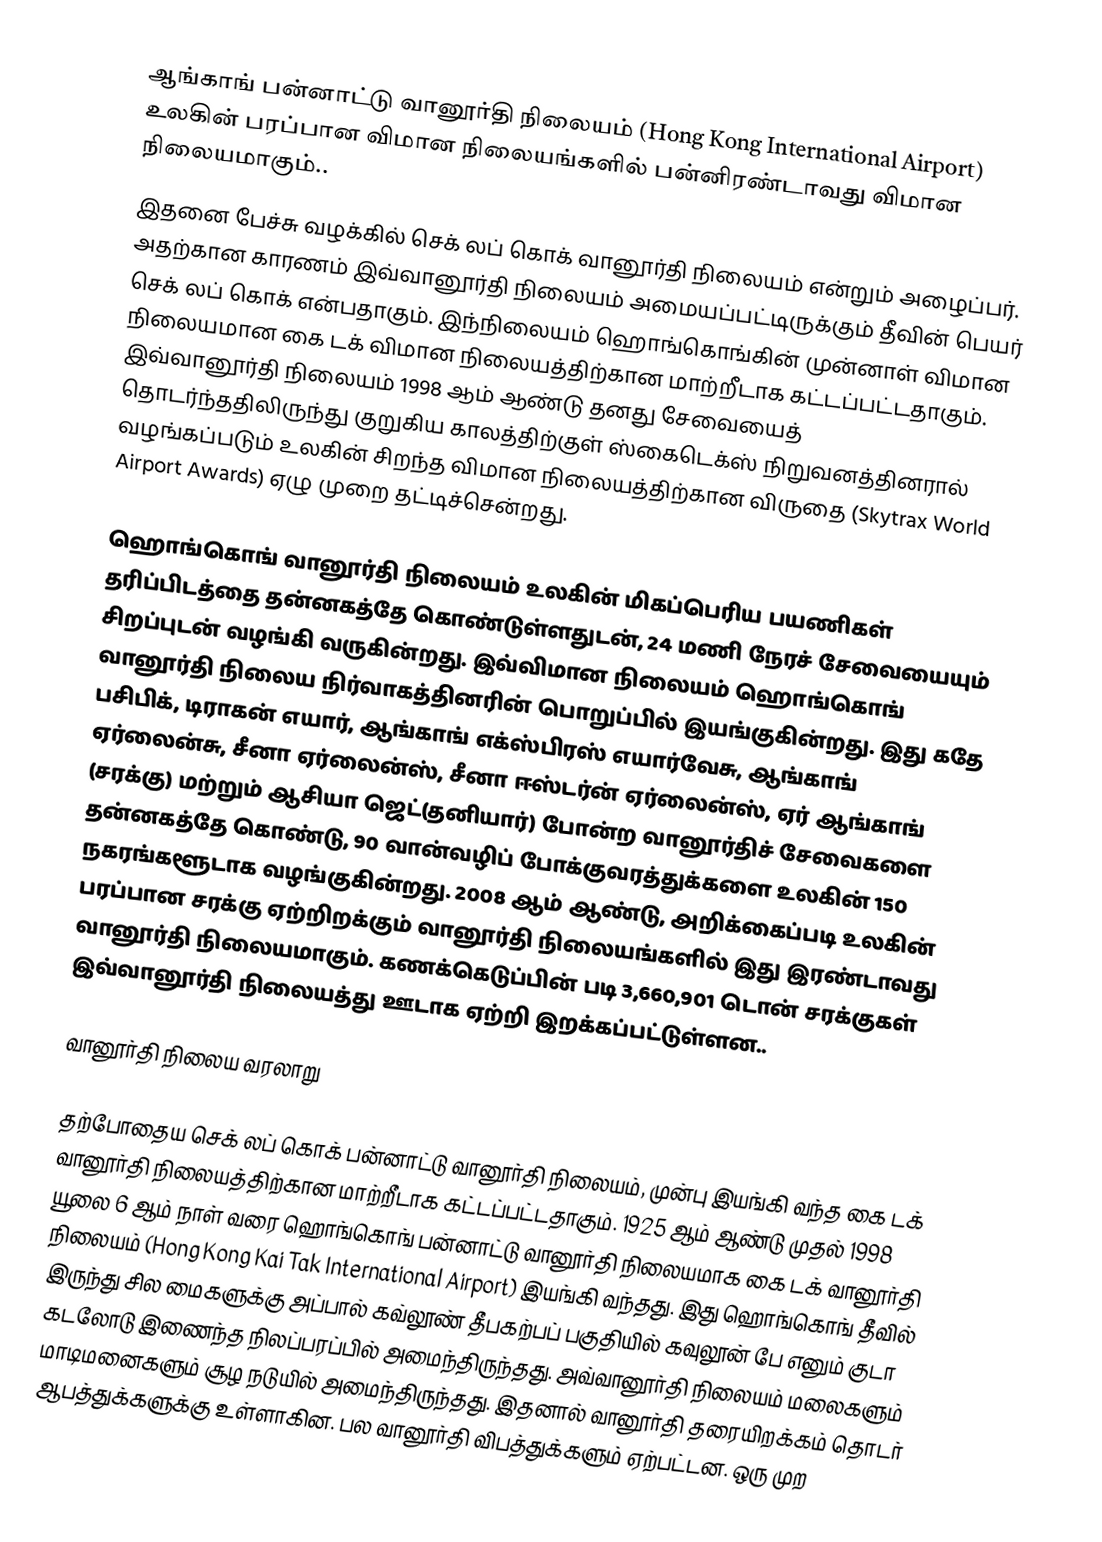
ஆங்காங் பன்னாட்டு வானூர்தி நிலையம் (Hong Kong International Airport) உலகின் பரப்பான விமான நிலையங்களில் பன்னிரண்டாவது விமான நிலையமாகும்..
இதனை பேச்சு வழக்கில் செக் லப் கொக் வானூர்தி நிலையம் என்றும் அழைப்பர். அதற்கான காரணம் இவ்வானூர்தி நிலையம் அமையப்பட்டிருக்கும் தீவின் பெயர் செக் லப் கொக் என்பதாகும். இந்நிலையம் ஹொங்கொங்கின் முன்னாள் விமான நிலையமான கை டக் விமான நிலையத்திற்கான மாற்றீடாக கட்டப்பட்டதாகும். இவ்வானூர்தி நிலையம் 1998 ஆம் ஆண்டு தனது சேவையைத் தொடர்ந்ததிலிருந்து குறுகிய காலத்திற்குள் ஸ்கைடெக்ஸ் நிறுவனத்தினரால் வழங்கப்படும் உலகின் சிறந்த விமான நிலையத்திற்கான விருதை (Skytrax World Airport Awards) ஏழு முறை தட்டிச்சென்றது.

ஹொங்கொங் வானூர்தி நிலையம் உலகின் மிகப்பெரிய பயணிகள் தரிப்பிடத்தை தன்னகத்தே கொண்டுள்ளதுடன், 24 மணி நேரச் சேவையையும் சிறப்புடன் வழங்கி வருகின்றது. இவ்விமான நிலையம் ஹொங்கொங் வானூர்தி நிலைய நிர்வாகத்தினரின் பொறுப்பில் இயங்குகின்றது. இது கதே பசிபிக், டிராகன் எயார், ஆங்காங் எக்ஸ்பிரஸ் எயார்வேசு, ஆங்காங் ஏர்லைன்சு, சீனா ஏர்லைன்ஸ், சீனா ஈஸ்டர்ன் ஏர்லைன்ஸ், ஏர் ஆங்காங் (சரக்கு) மற்றும் ஆசியா ஜெட்(தனியார்) போன்ற வானூர்திச் சேவைகளை தன்னகத்தே கொண்டு, 90 வான்வழிப் போக்குவரத்துக்களை உலகின் 150 நகரங்களூடாக வழங்குகின்றது. 2008 ஆம் ஆண்டு, அறிக்கைப்படி உலகின் பரப்பான சரக்கு ஏற்றிறக்கும் வானூர்தி நிலையங்களில் இது இரண்டாவது வானூர்தி நிலையமாகும். கணக்கெடுப்பின் படி 3,660,901 டொன் சரக்குகள் இவ்வானூர்தி நிலையத்து ஊடாக ஏற்றி இறக்கப்பட்டுள்ளன..

வானூர்தி நிலைய வரலாறு

தற்போதைய செக் லப் கொக் பன்னாட்டு வானூர்தி நிலையம், முன்பு இயங்கி வந்த கை டக் வானூர்தி நிலையத்திற்கான மாற்றீடாக கட்டப்பட்டதாகும். 1925 ஆம் ஆண்டு முதல் 1998 யூலை 6 ஆம் நாள் வரை ஹொங்கொங் பன்னாட்டு வானூர்தி நிலையமாக கை டக் வானூர்தி நிலையம் (Hong Kong Kai Tak International Airport) இயங்கி வந்தது. இது ஹொங்கொங் தீவில் இருந்து சில மைகளுக்கு அப்பால் கவ்லூண் தீபகற்பப் பகுதியில் கவுலூன் பே எனும் குடா கடலோடு இணைந்த நிலப்பரப்பில் அமைந்திருந்தது. அவ்வானூர்தி நிலையம் மலைகளும் மாடிமனைகளும் சூழ நடுயில் அமைந்திருந்தது. இதனால் வானூர்தி தரையிறக்கம் தொடர் ஆபத்துக்களுக்கு உள்ளாகின. பல வானூர்தி விபத்துக்களும் ஏற்பட்டன. ஒரு முற